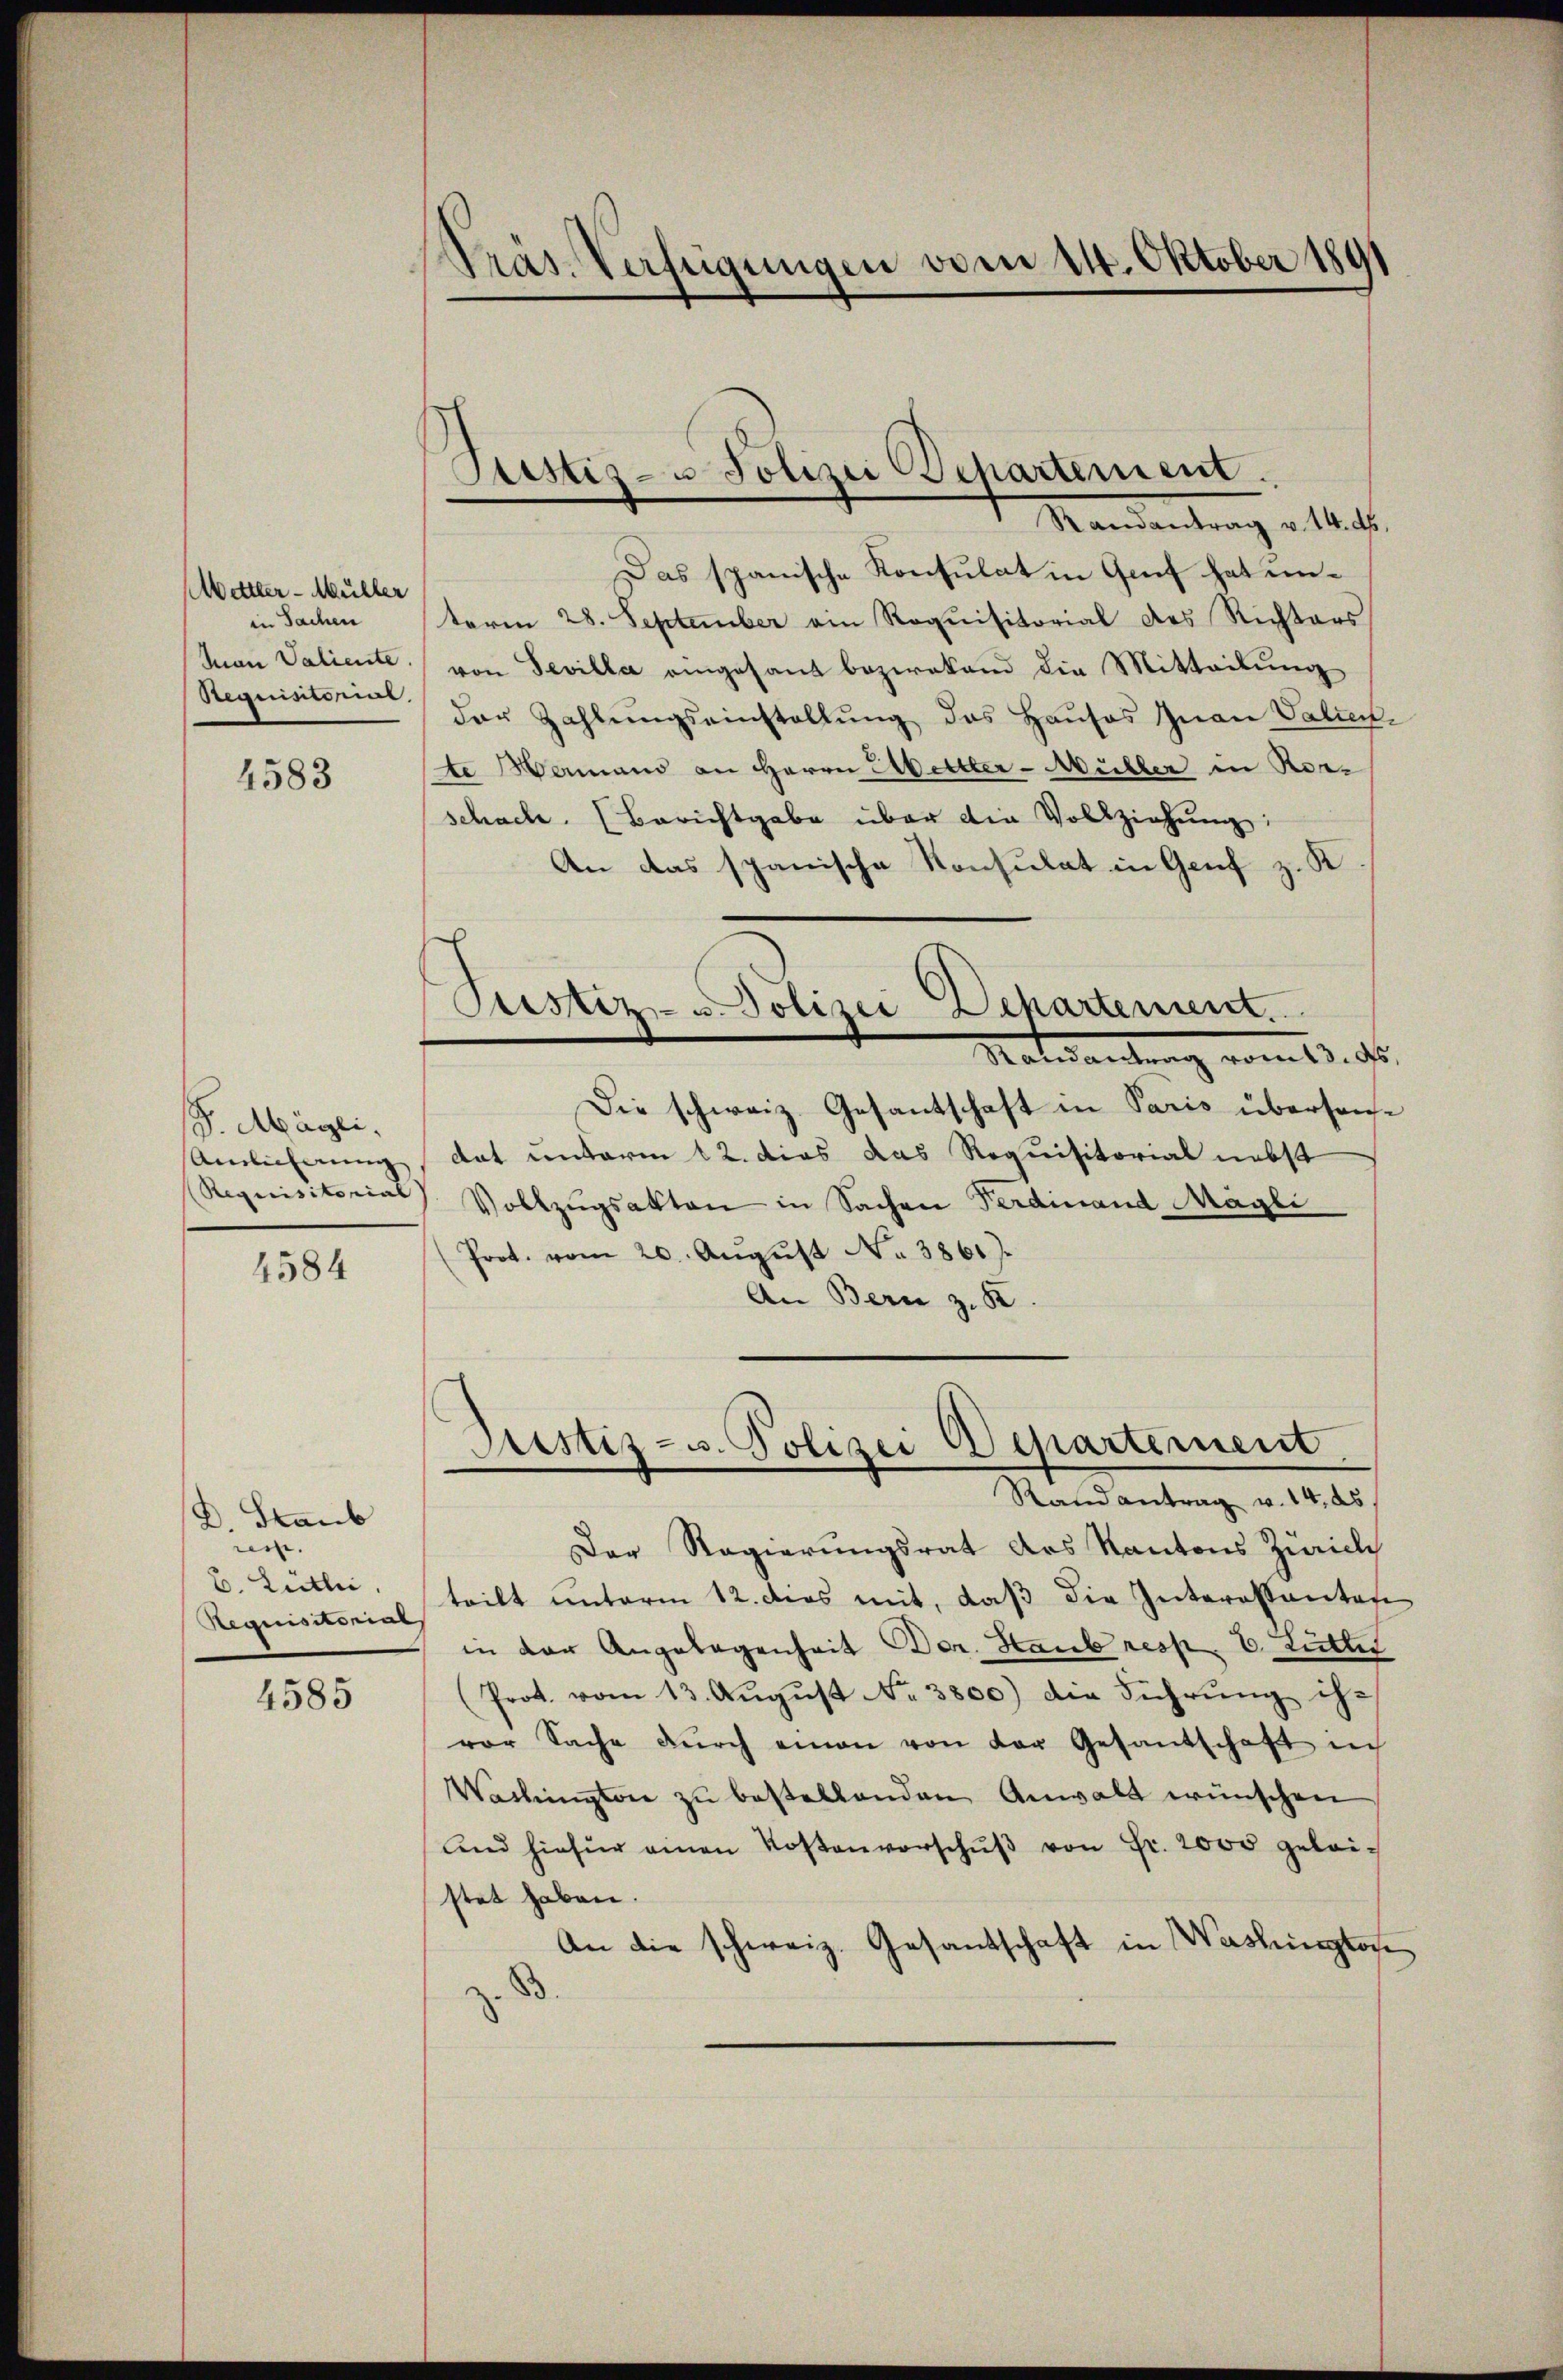
Mettler - Müller
in Sachen
Man Valiente
Requisitorial.

4583

. Mögli
Amlicherung
Requisitorial

4584

D. Staub
nis.
B. Lütli,
Requisitorial

4585

Präs. Verfügungen vom 14. Oktober 1891

Justiz- u Polizei Departement.
Mandantrag v. Mts.

Das spanische Konsulat in Genf hat unterm 28. September ein Requisitorial des Richters
von Sevilla eingesand bezirkend die Mitteilŭng
der Zahlungseinstallung das Hauses Inan Valien-
te Mammand an Herrn Abeltter-Müller in Kor-
schache. (Berichtgabe über die Vollziehŭng:
An das spanische Konsulat in Genf z. K.
Justiz- u. Polizei Departement.
Ratsantrag vom 13. ds.
Die schweiz. Gesantschaft in Paris übersondat unterm 12. dies das Requisitorial nebst
Vollzŭgsakten in Sachen Ferdinand Mägli
(Prot. vom 20. Aŭgŭst No. 3861).
An Bern z. K

Der Regierungsrat des Kantons Zürich
teilt unterm 12. dies mit, daß die Interessanten
in der Angelegenheit Der. Haub resp. E. Lutti
(Prot. vom 13. Aŭgŭst No. 3800) die Führŭng ihr
vor Sache dŭrch einen von der Gesandschaft in
Wachington zu bestellenden Anwalt wünschen
und hiefür einen Kostenverschŭβ von Fr. 2000 geleistet haben.
An die schweiz. Gesantschaft in Washington

Justiz- u. Polizei Departernent
Randantrag v. 14. ds